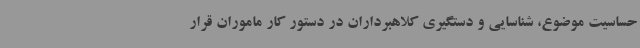
حساسیت موضوع، شناسایی و دستگیری کلاهبرداران در دستور کار ماموران قرار